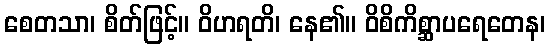
စေတသာ၊ စိတ်ဖြင့်။ ဝိဟရတိ၊ နေ၏။ ဝိစိကိစ္ဆာပရေတေန၊